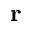
\mathbf { r }